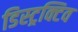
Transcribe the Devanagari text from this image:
डिस्ट्रक्टिव